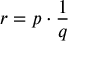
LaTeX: \; r = p \cdot { \frac { 1 } { q } }